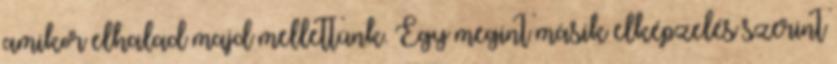
amikor elhalad majd mellettünk. Egy megint másik elképzelés szerint